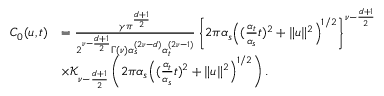
\begin{array} { r l } { C _ { 0 } ( u , t ) } & { = \frac { \gamma \pi ^ { \frac { d + 1 } { 2 } } } { 2 ^ { \nu - \frac { d + 1 } { 2 } } \Gamma ( \nu ) \alpha _ { s } ^ { ( 2 \nu - d ) } \alpha _ { t } ^ { ( 2 \nu - 1 ) } } \left\{ 2 \pi \alpha _ { s } \Big ( ( \frac { \alpha _ { t } } { \alpha _ { s } } t ) ^ { 2 } + \| u \| ^ { 2 } \Big ) ^ { 1 / 2 } \right\} ^ { \nu - \frac { d + 1 } { 2 } } } \\ & { \times \mathcal { K } _ { \nu - \frac { d + 1 } { 2 } } \left( 2 \pi \alpha _ { s } \Big ( ( \frac { \alpha _ { t } } { \alpha _ { s } } t ) ^ { 2 } + \| u \| ^ { 2 } \Big ) ^ { 1 / 2 } \right) . } \end{array}